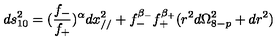
d s _ { 1 0 } ^ { 2 } = ( \frac { f _ { - } } { f _ { + } } ) ^ { \alpha } d x _ { / / } ^ { 2 } + f _ { - } ^ { \beta _ { - } } f _ { + } ^ { \beta _ { + } } ( r ^ { 2 } d \Omega _ { 8 - p } ^ { 2 } + d r ^ { 2 } )